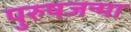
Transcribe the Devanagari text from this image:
पुरुषजन्मा